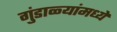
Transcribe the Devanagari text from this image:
गुंडाळ्यांमध्ये